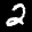
Label: 2